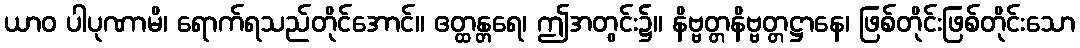
ယာဝ ပါပုဏာမိ၊ ရောက်ရသည်တိုင်အောင်။ ဧတ္ထန္တရေ၊ ဤအတွင်း၌။ နိဗ္ဗတ္တနိဗ္ဗတ္တဋ္ဌာနေ၊ ဖြစ်တိုင်းဖြစ်တိုင်းသော